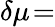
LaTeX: \delta\mu\! =